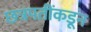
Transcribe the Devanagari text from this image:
छत्रपतींकडून